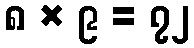
၈ × ၉ = ၇၂